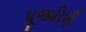
પૂજારિણી